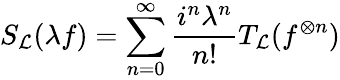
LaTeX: S_{\cal L}(\lambda f)=\sum_{n=0}^{\infty}\frac{i^{n}\lambda^{n}}{n!}T_{\cal L}(f^{\otimes n})